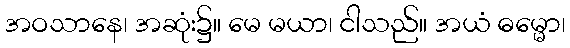
အဝသာနေ၊ အဆုံး၌။ မေ မယာ၊ ငါသည်။ အယံ ဓမ္မော၊